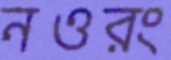
নওরং